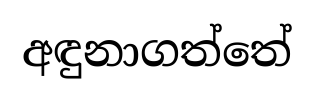
අඳුනාගත්තේ